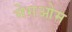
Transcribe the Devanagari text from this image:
मेगओम